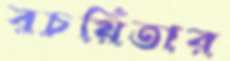
রচয়িতার